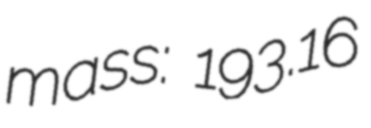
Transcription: mass: 193.16